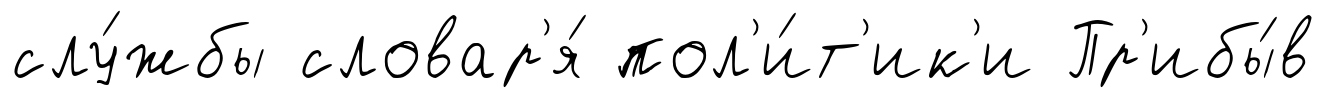
слу́жбы словар'я́ пол'и́т'ик'и Пр'ибы́в